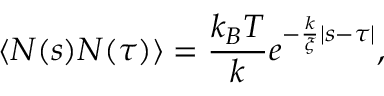
\langle N ( s ) N ( \tau ) \rangle = \frac { k _ { B } T } { k } e ^ { - \frac { k } { \xi } | s - \tau | } ,